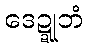
ဒေဍ္ဍုဘံ